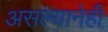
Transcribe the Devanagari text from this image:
असल्यानेही